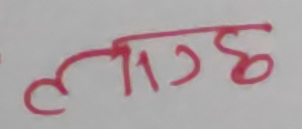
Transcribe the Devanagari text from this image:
लाग्छ